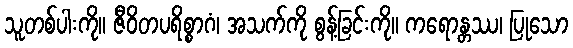
သူတစ်ပါးကို။ ဇီဝိတပရိစ္စာဂံ၊ အသက်ကို စွန့်ခြင်းကို။ ကရောန္တဿ၊ ပြုသော